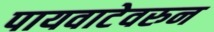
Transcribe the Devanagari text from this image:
पायवाटेवरुन